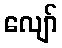
လျော်